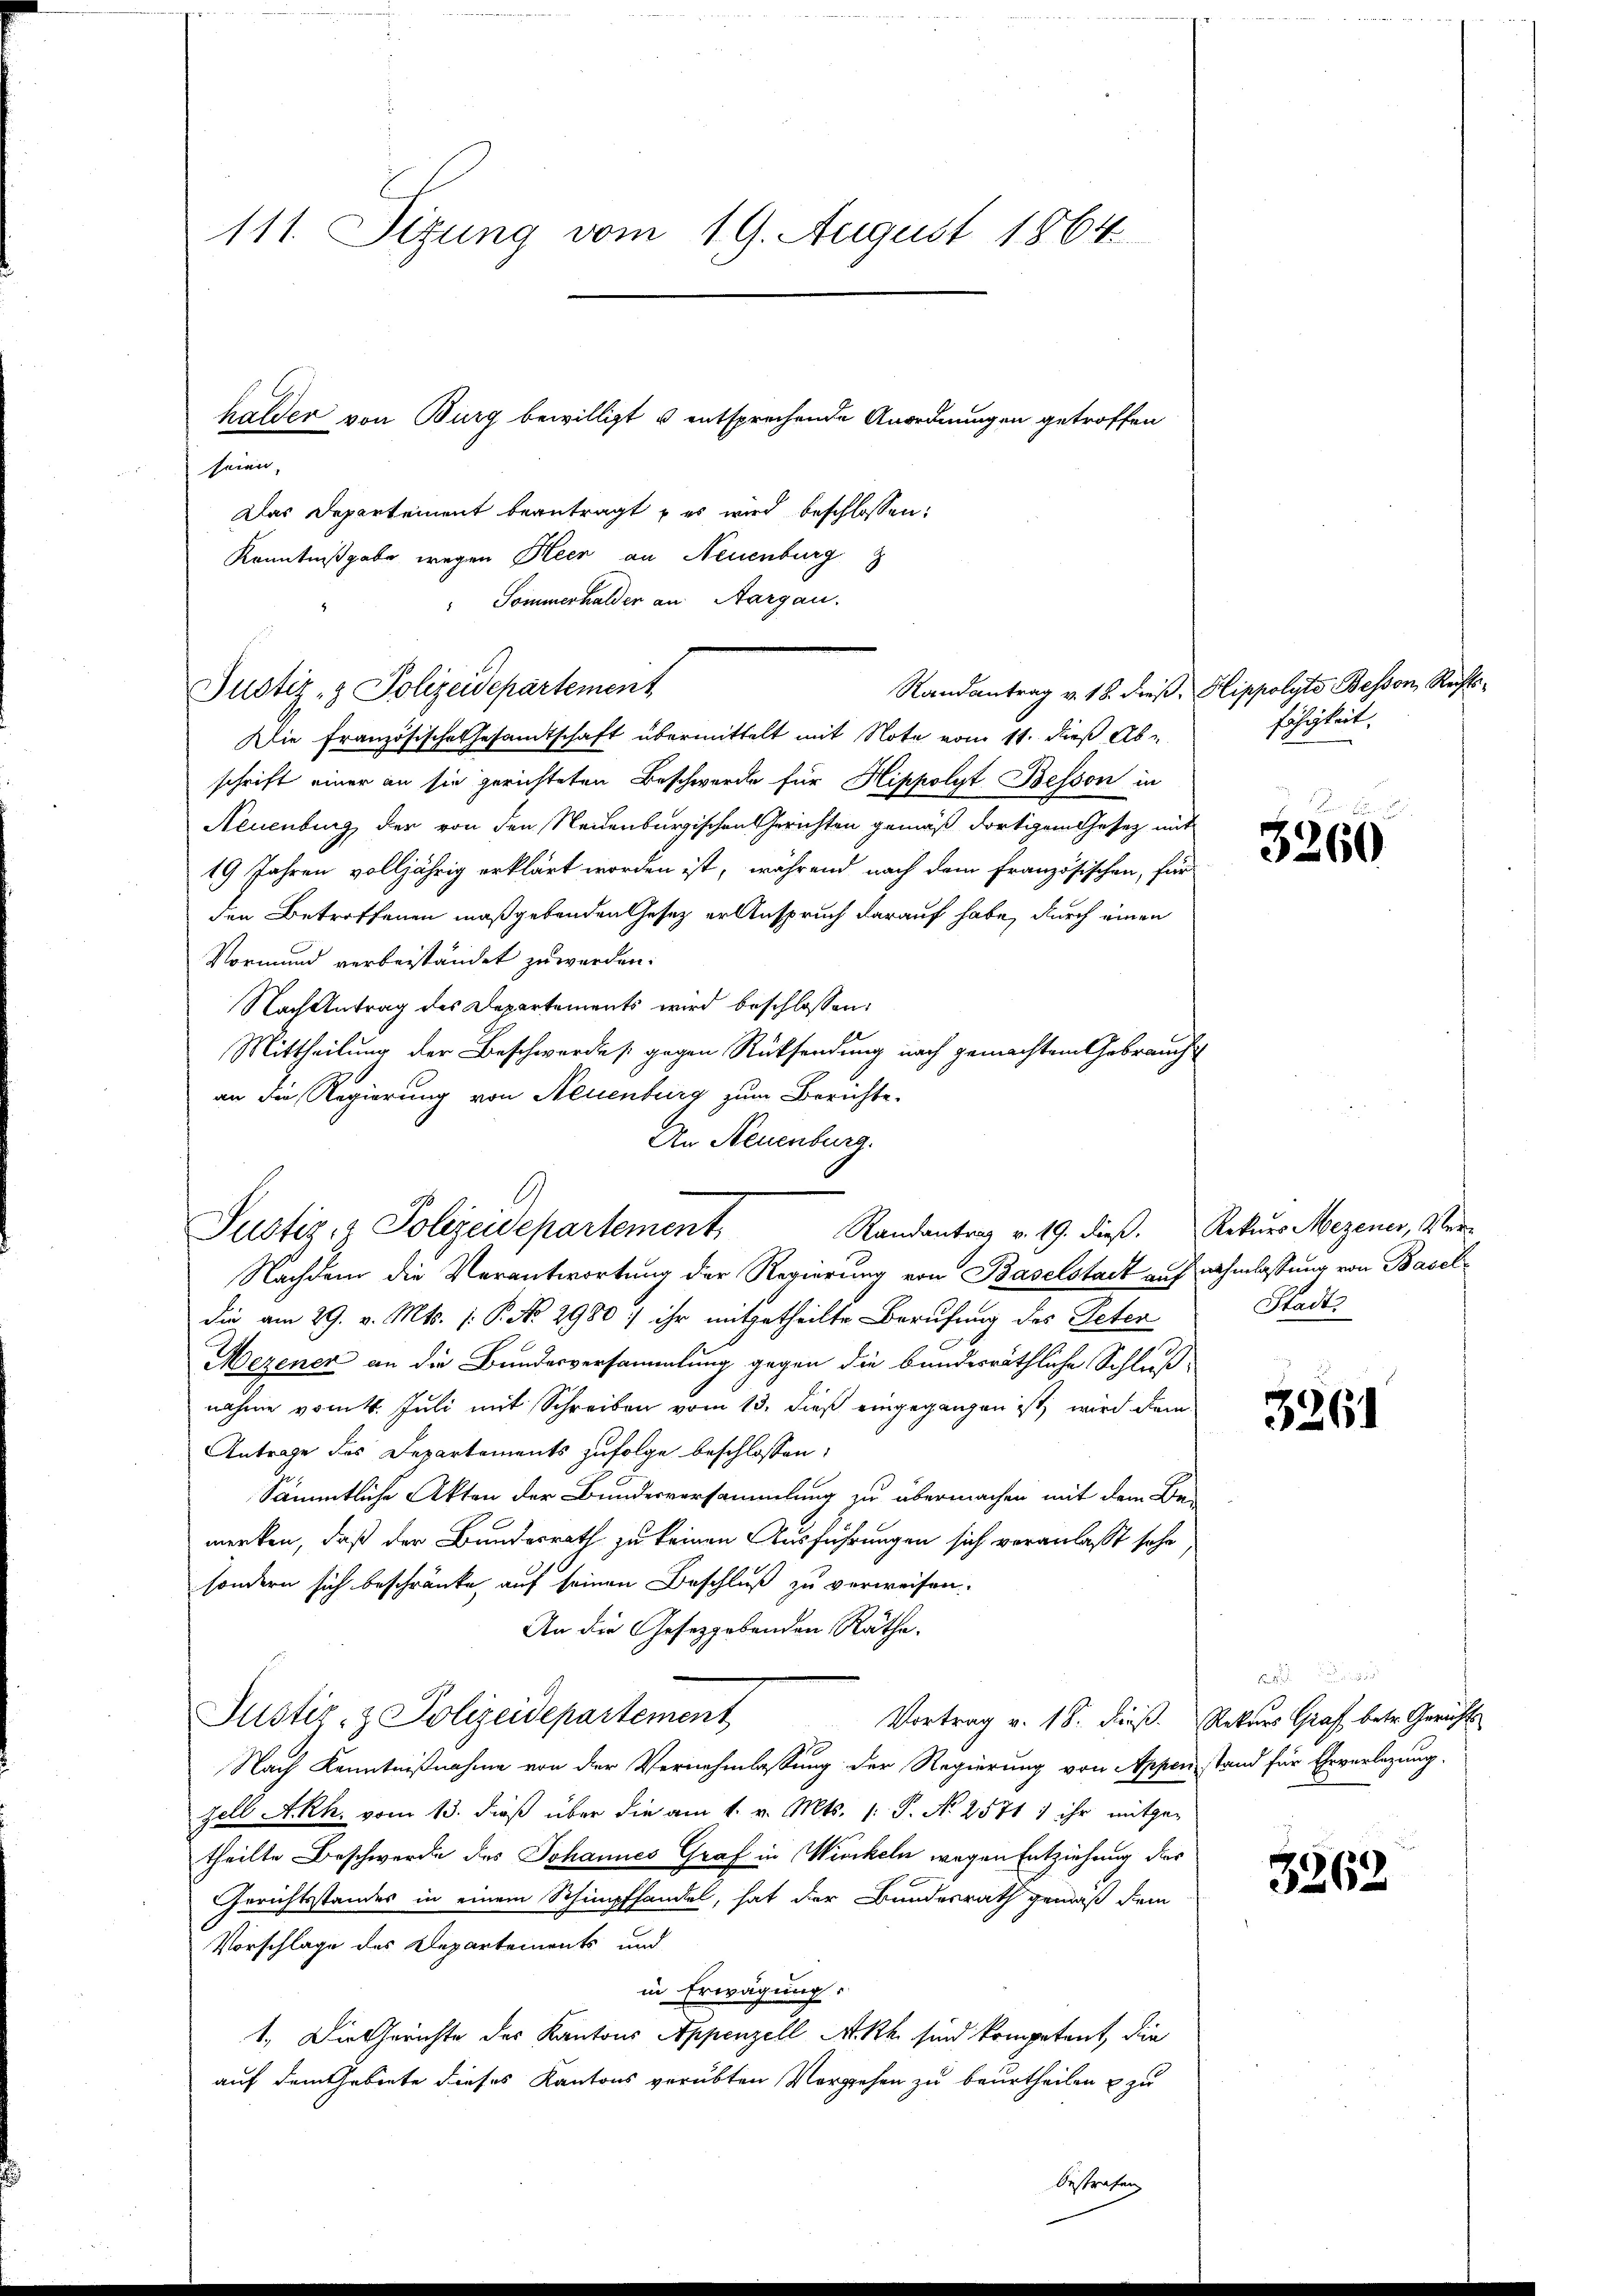
111. Sizung vom 19. August 1864.
halder von Burg bewilligt u entsprechende Anordnungen getroffen
seien,

Justiz- & Polizeidepartement

G
Justiz- & Polizeidepartement

Das Departement beantragt u es wird beschlossen:
Kenntnißgabe wegen Heer an Neuenburg
 Sommerhalder an Aargau.

Randantrag v. 18. dieß, Hippolyte Besson, Rechts¬
Die Französische Gesandtschaft übermittelt mit Note vom 11. dieß Abschrift einer an sie gerichteten Beschwerde für Hippolyt Bessen in
Neuenburg, der von den Neuenburgischen Gerichten gemäß dortigem Gesetz mit
19 Jahren volljährig erklärt worden ist, während nach dem französischen, für
den Betroffenen maßgebenden Gesetz er Anspruch darauf habe, durch einen
Vormund verbeiständet zu werden.
Nach Antrag des Departements wird beschlossen:
Mittheilung der Beschwerdes gegen Rücksendung nach gemachtem Gebrauch
an die Regierung von Neuenburg zum Berichte
Nachdem die Verantwortung der Regierung von Baselstadt auf nahmlassung von Baseldie am 29. v. Mts. (: P. No 2980: ihr mitgetheilte Berufung des Peten
Mezener an die Bundesversammlung gegen die bundesräthliche Schluß
nahme vom 4. Juli mit Schreiben vom 13. dieß eingegangen ist, wird dem
Antrage des Departements zufolge beschlossen:
Sämmtliche Akten der Bundesversammlung zu übermachen mit dem Be-
merken, daß der Bundesrath zu keinen Ausführungen sich veranlasst sehe
sondern sich beschränke, auf seinen Beschluß zu verweisen.
An die Gesetzgebenden Räthe.
Justiz- & Polizeidepartement
Vortrag v. 18. dieß. Rekurs Graf betr. Gerichts
Nach Kenntnißnahme von der Vernehmlassung der Regierung von Appen stand für Ehrverlegung.
Zell A.Rh. vom 13. dieß über die am 1. v. Mts. 1. P. N. 2571 ) ihr mitgetheilte Beschwerde des Johannes Graf in Winckeln wegen Entziehung der
Gerichtsstandes in einem Schimpfhandel, hat der Bundesrath gemäß dem
Vorschlage des Departements und
in Erwägung:
1., Die Gerichte des Kantons Appenzell A.Rh. sind kompetent, die
auf dem Gebiete dieses Kantons verübten Vorgehen zu beurtheilen & zu

An Neuenburg.
Randantrag v. 19. dieß. Rekurs Mezener, Ver¬

Oestra¬

fähigkeit.

3260

Stadt

3261

M

3262